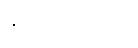
နှစ်ပုဒ်ရှိတယ်။